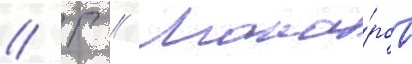
// Г // Мака́ров